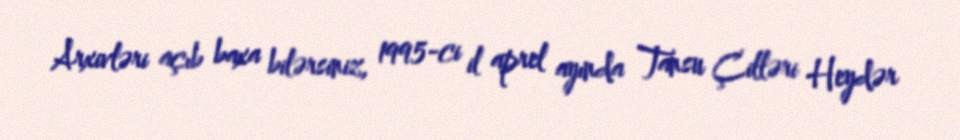
Arxivləri açıb baxa bilərsiniz, 1995-ci il aprel ayında Tansu Çilləri Heydər